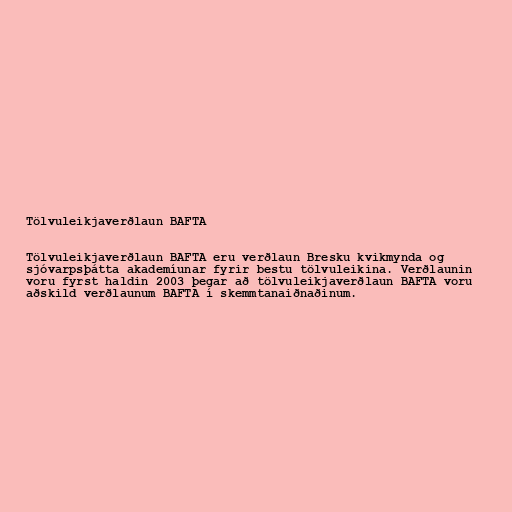
Tölvuleikjaverðlaun BAFTA

Tölvuleikjaverðlaun BAFTA eru verðlaun Bresku kvikmynda og
sjóvarpsþátta akademíunar fyrir bestu tölvuleikina. Verðlaunin
voru fyrst haldin 2003 þegar að tölvuleikjaverðlaun BAFTA voru
aðskild verðlaunum BAFTA í skemmtanaiðnaðinum.